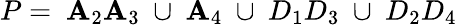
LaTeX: P=~\mathbf{A}_{2}\mathbf{A}_{3}~\cup~\mathbf{A}_{4}~\cup~D_{1}D_{3}~\cup~D_{2}D_{4}